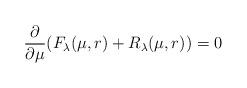
LaTeX: \begin{align*}\frac{\partial}{\partial \mu} ( F_\lambda(\mu,r) +R_\lambda(\mu,r) ) = 0\end{align*}